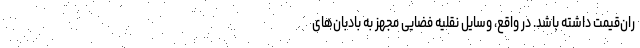
ران‌قیمت داشته باشد. در واقع، وسایل نقلیه فضایی مجهز به بادبان‌های